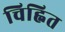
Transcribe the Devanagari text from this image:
चिह्नित